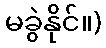
မခွဲနိုင်။)